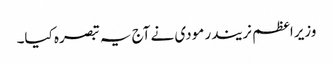
وزیراعظم نریندر مودی نے آج یہ تبصرہ کیا۔